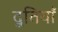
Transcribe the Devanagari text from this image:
दूतियाँ